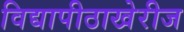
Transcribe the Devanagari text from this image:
विद्यापीठाखेरीज